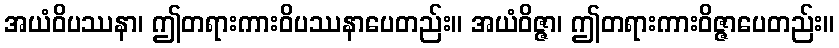
အယံဝိပဿနာ၊ ဤတရားကားဝိပဿနာပေတည်း။ အယံဝိဇ္ဇာ၊ ဤတရားကားဝိဇ္ဇာပေတည်း။